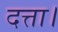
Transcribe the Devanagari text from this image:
दत्ता।